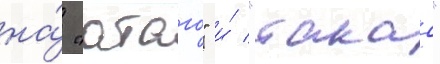
на́ "атаго" и́ "такао"